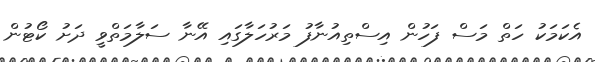
އެކަމަކު ހަތް މަސް ފަހުން އިސްތިއުނާފު މަރުހަލާގައި އޭނާ ސަލާމަތްވީ ދަށު ކޯޓުން